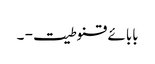
بابائے قنوطیت - ۔